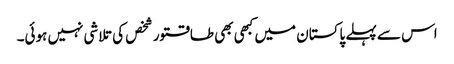
اس سے پہلے پاکستان میں کبھی بھی طاقتور شخص کی تلاشی نہیں ہوئی۔